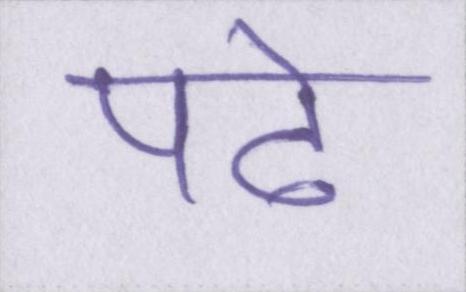
पढे